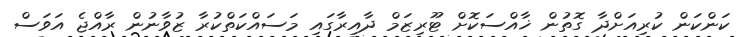
ކަންކަން ކުރިއަށްދާ ގޮތުން ޚާއްސަކޮށް ޓޫރިޒަމް ދާއިރާގައި މަސައްކަތްކުރާ ޒުވާނުން ރާއްޖެ އަވަސް